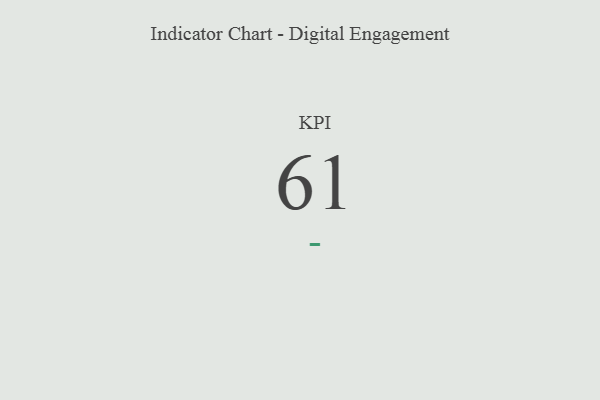
{"axis": {"x": "KPI", "y": "Value"}, "legend": [""], "data": [{"x": "KPI", "y": 61, "type": ""}]}